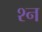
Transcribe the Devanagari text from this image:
श्‍न